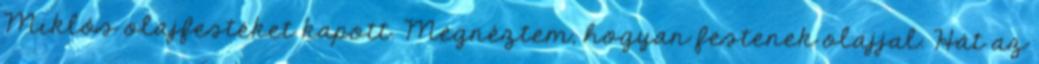
Miklós olajfestéket kapott. Megnéztem, hogyan festenek olajjal. Hát az